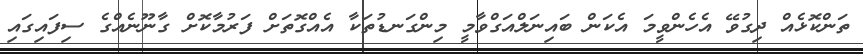
ތަންކޮޅެއް ދިގުވޭ އެެހެންވީމަ އެކަން ބައިނަލްއަގްވާމީ މިންގަނޑުތަކާ އެއްގޮތަށް ފަރުމާކޮށް ގާނޫނެއްގެ ސިފައިގައި